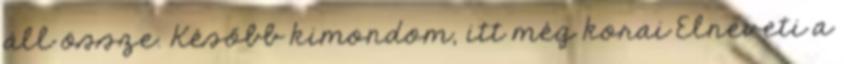
áll össze. Később kimondom, itt még korai Elneveti a